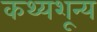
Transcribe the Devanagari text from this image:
कथ्यशून्य